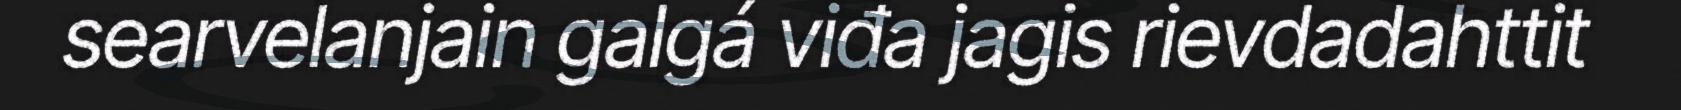
searvelanjain galgá viđa jagis rievdadahttit